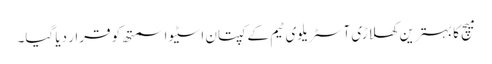
میچ کا بہترین کھلاڑی آسٹریلوی ٹیم کے کپتان اسٹیو اسمتھ کو قرار دیا گیا۔